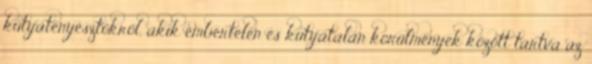
kutyatenyésztőkről, akik embertelen és kutyátalan körülmények között tartva az